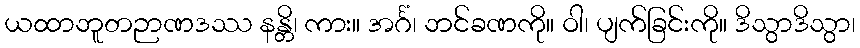
ယထာဘူတဉာဏဒဿ နန္တိ၊ ကား။ အင်္ဂံ၊ ဘင်ခဏကို။ ဝါ၊ ပျက်ခြင်းကို။ ဒိသွာဒိသွာ၊